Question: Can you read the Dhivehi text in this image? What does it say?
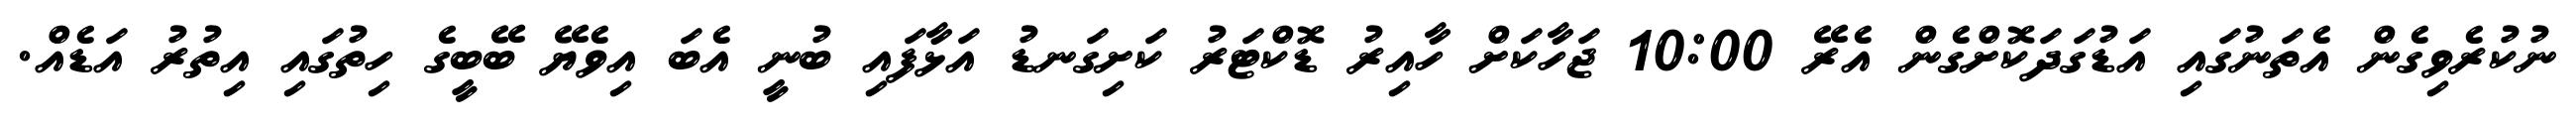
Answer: ނުކުރެވިގެން އެތަނުގައި އަޑުގަދަކޮށްގެން އެރޭ 10:00 ޖަހާކަށް ހާއިރު ޑޮކްޓަރު ކަށިގަނޑު އަޅާފައި ބުނީ އެބަ އިވެޔޭ ބޭބީގެ ހިތުގައި އިތުރު އަޑެއް.